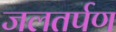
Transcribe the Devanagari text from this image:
जलतर्पण